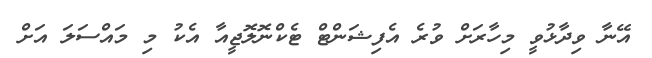
އޭނާ ވިދާޅުވީ މިހާރަށް ވުރެ އެފިޝަންޓް ޓެކްނޮލޮޖީއާ އެކު މި މައްސަލަ އަށް